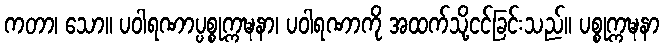
ကတာ၊ သော။ ပဝါရဏာပ္ပစ္စုက္ကဍ္ဎနာ၊ ပဝါရဏာကို အထက်သို့ငင်ခြင်းသည်။ ပစ္စုက္ကဍ္ဎနာ